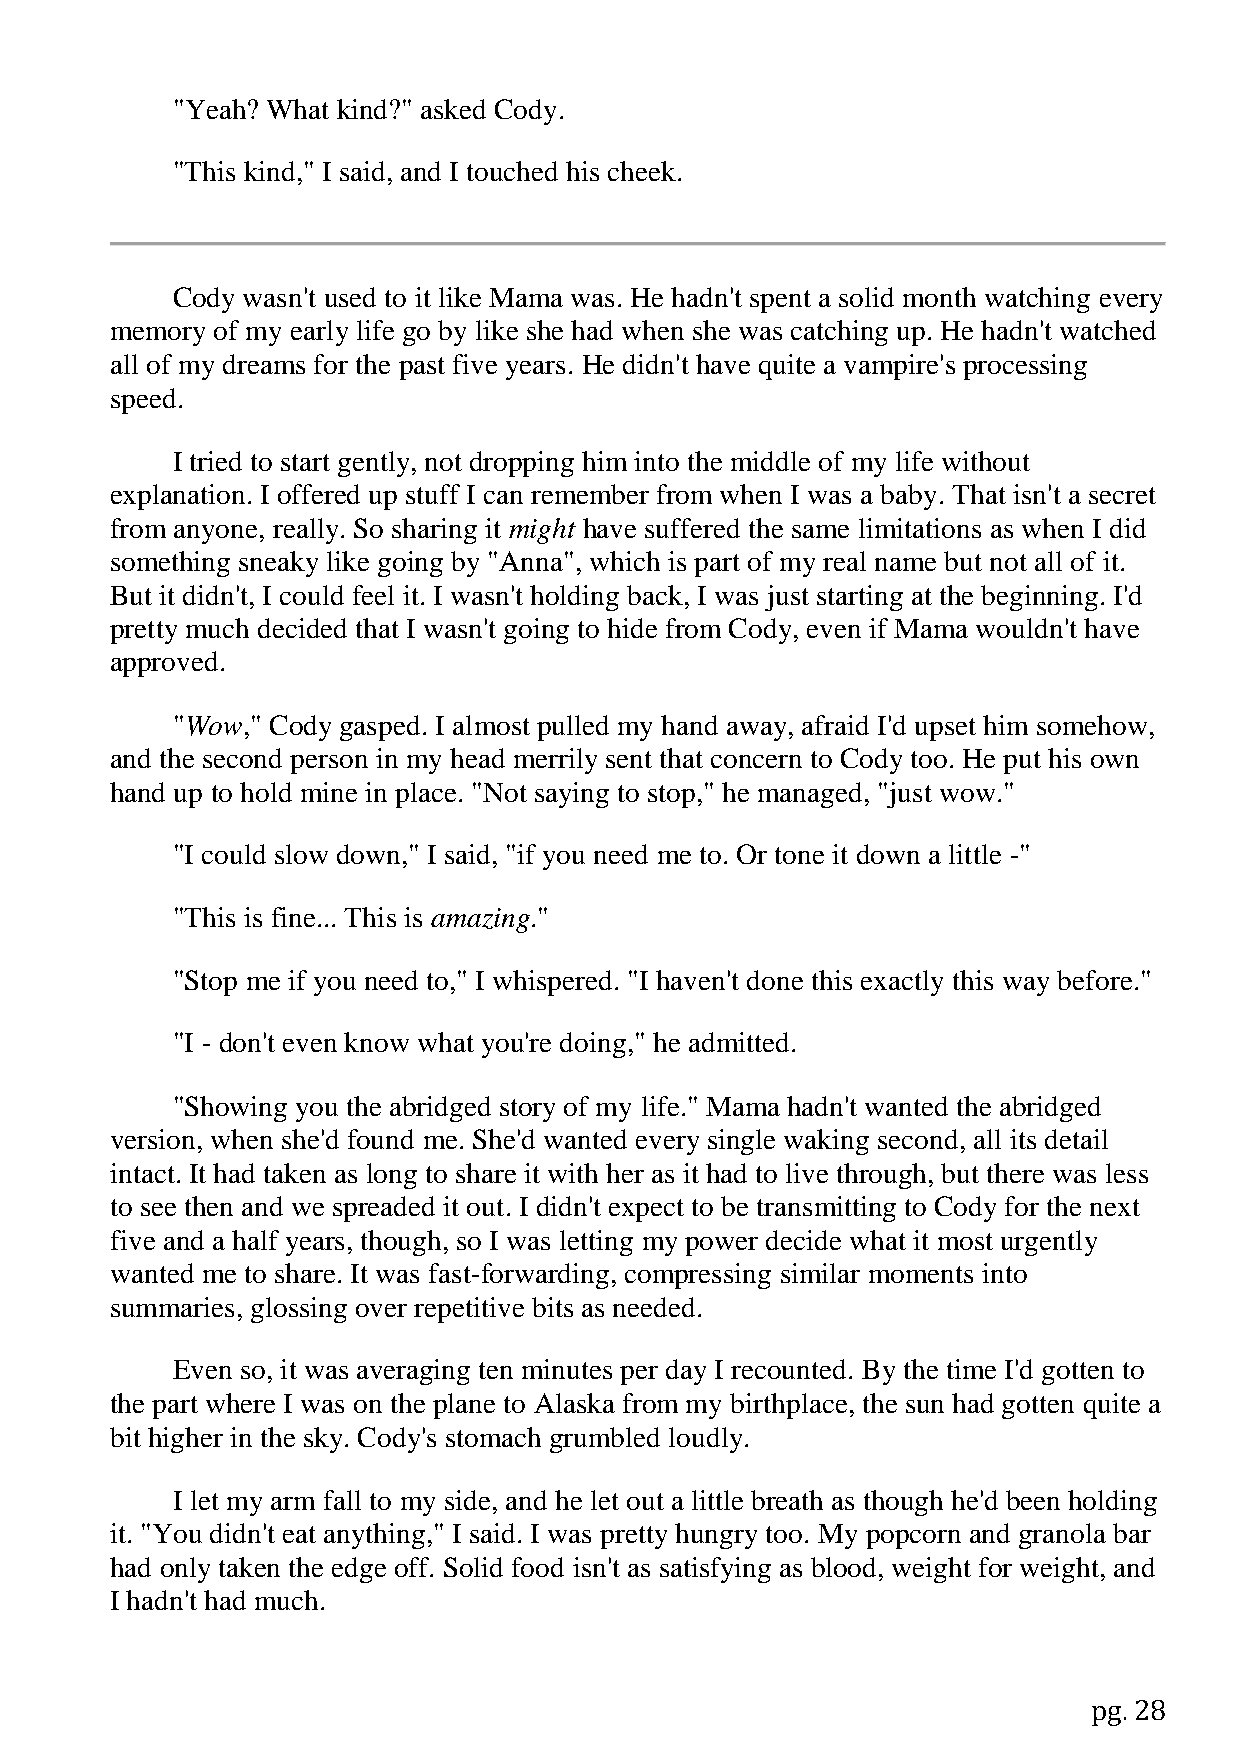
"Yeah? What kind?" asked Cody.
 "This kind," I said, and I touched his cheek.
 Cody wasn't used to it like Mama was. He hadn't spent a solid month watching every
 memory of my early life go by like she had when she was catching up. He hadn't watched
 all of my dreams for the past five years. He didn't have quite a vampire's processing
 speed.
 I tried to start gently, not dropping him into the middle of my life without
 explanation. I offered up stuff I can remember from when I was a baby. That isn't a secret
 from anyone, really. So sharing it might have suffered the same limitations as when I did
 something sneaky like going by "Anna", which is part of my real name but not all of it.
 But it didn't, I could feel it. I wasn't holding back, I was just starting at the beginning. I'd
 pretty much decided that I wasn't going to hide from Cody, even if Mama wouldn't have
 approved.
 "Wow," Cody gasped. I almost pulled my hand away, afraid I'd upset him somehow,
 and the second person in my head merrily sent that concern to Cody too. He put his own
 hand up to hold mine in place. "Not saying to stop," he managed, "just wow."
 "I could slow down," I said, "if you need me to. Or tone it down a little -"
 "This is fine... This is amazing."
 "Stop me if you need to," I whispered. "I haven't done this exactly this way before."
 "I - don't even know what you're doing," he admitted.
 "Showing you the abridged story of my life." Mama hadn't wanted the abridged
 version, when she'd found me. She'd wanted every single waking second, all its detail
 intact. It had taken as long to share it with her as it had to live through, but there was less
 to see then and we spreaded it out. I didn't expect to be transmitting to Cody for the next
 five and a half years, though, so I was letting my power decide what it most urgently
 wanted me to share. It was fast-forwarding, compressing similar moments into
 summaries, glossing over repetitive bits as needed.
 Even so, it was averaging ten minutes per day I recounted. By the time I'd gotten to
 the part where I was on the plane to Alaska from my birthplace, the sun had gotten quite a
 bit higher in the sky. Cody's stomach grumbled loudly.
 I let my arm fall to my side, and he let out a little breath as though he'd been holding
 it. "You didn't eat anything," I said. I was pretty hungry too. My popcorn and granola bar
 had only taken the edge off. Solid food isn't as satisfying as blood, weight for weight, and
 I hadn't had much.
 pg. 28